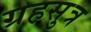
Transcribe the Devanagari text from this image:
ग्रहसुत्र